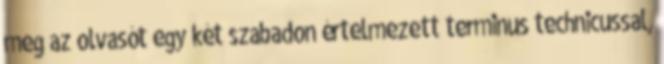
meg az olvasót egy két szabadon értelmezett terminus technicussal,